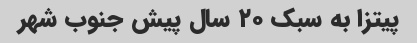
پیتزا به سبک ٢٠ سال پیش جنوب شهر